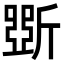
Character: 斲